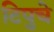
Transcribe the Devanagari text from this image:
टिपुचे